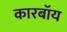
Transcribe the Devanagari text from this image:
कारबॉय